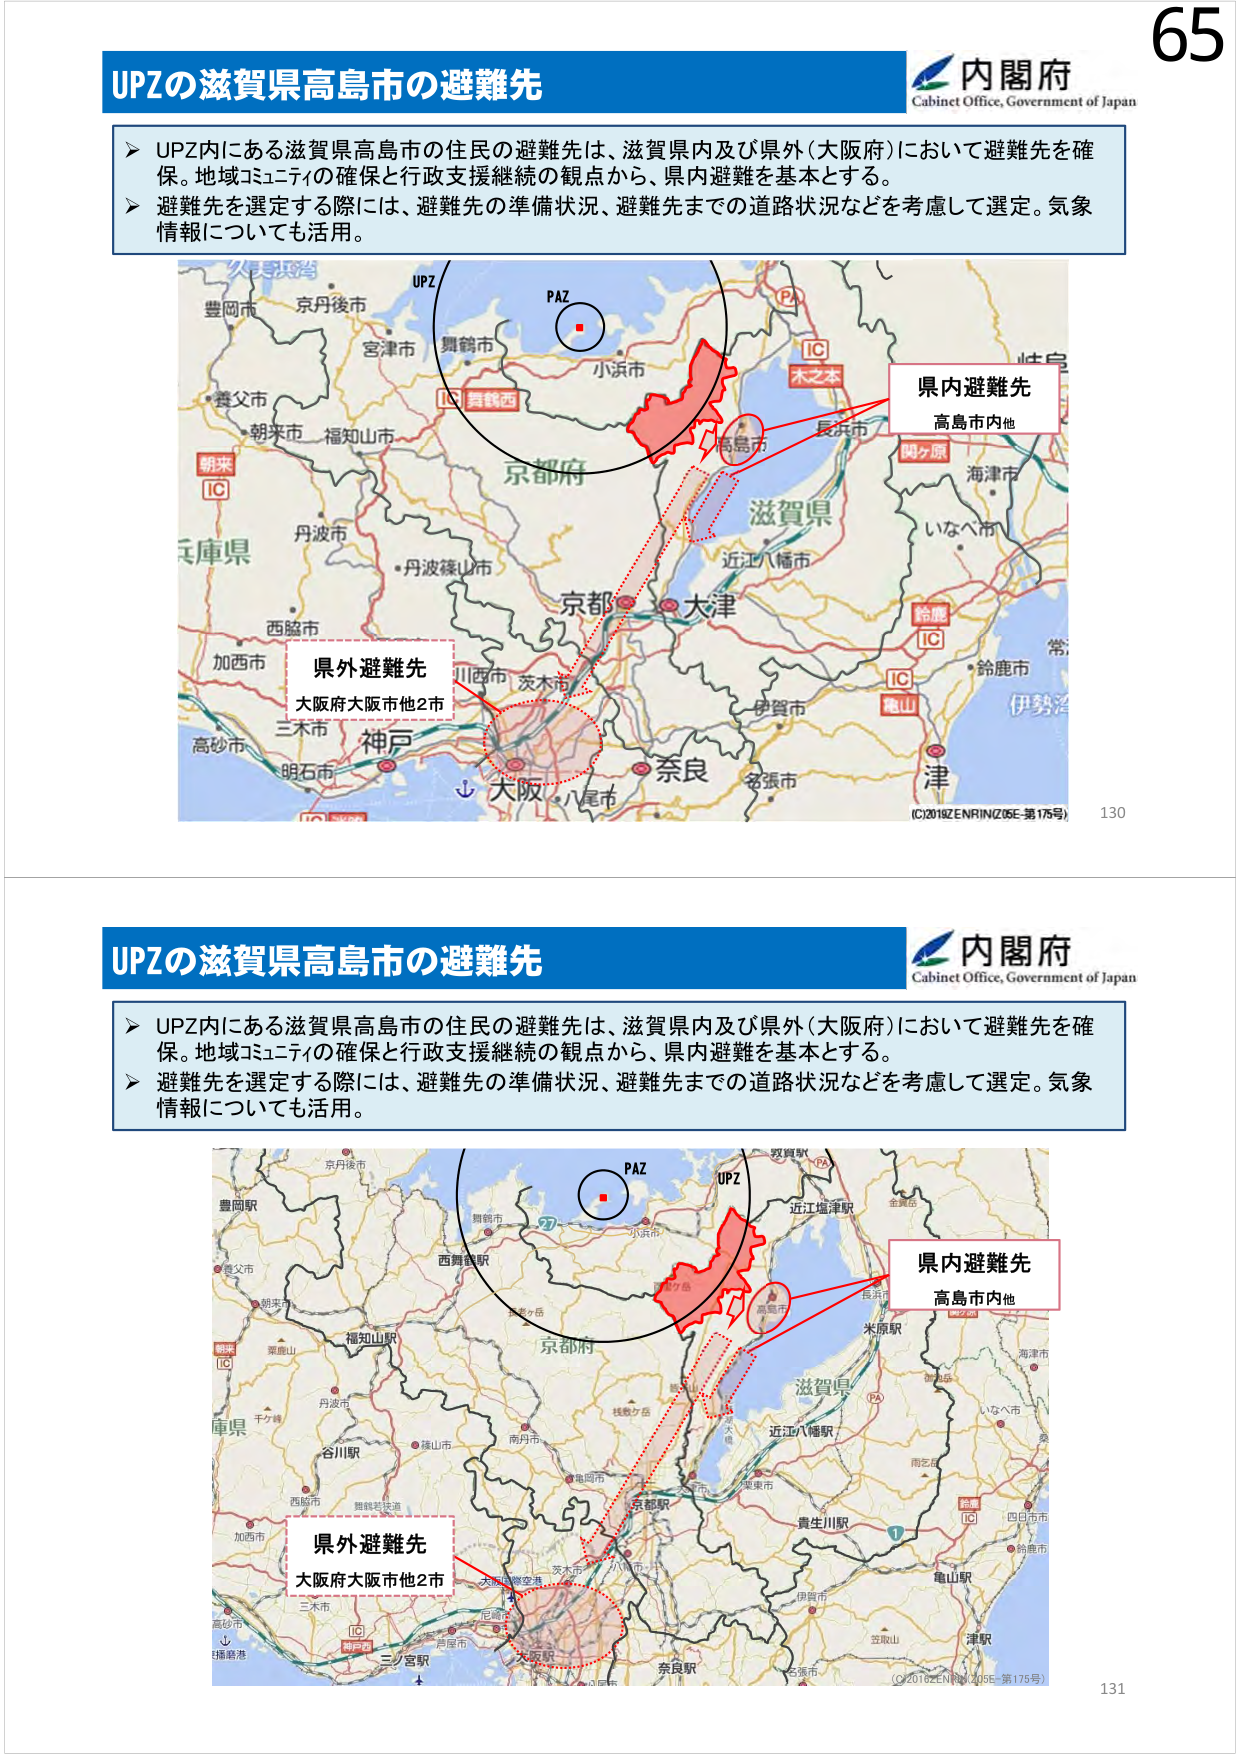
65
内閣府
Cabinet Office, Government of Japan
UPZの滋賀県高島市の避難先
➤ UPZ内にある滋賀県高島市の住民の避難先は、滋賀県内及び県外（大阪府）において避難先を確保。地域コミュニティの確保と行政支援継続の観点から、県内避難を基本とする。
➤ 避難先を選定する際には、避難先の準備状況、避難先までの道路状況などを考慮して選定。気象情報についても活用。
UPZ
PAZ
京都府
滋賀県
長浜市
高島市
木之本
IC
関ヶ原
海津市
いなべ市
鈴鹿
IC
伊勢湾
津
名張市
奈良
大津
京都
茨木市
川西市
神戸
明石市
三木市
高砂市
加西市
西脇市
丹波篠山市
丹波市
朝来
IC
豊岡市
京丹後市
宮津市
舞鶴市
小浜市
舞鶴西
IC
兵庫県
県内避難先
高島市内他
県外避難先
大阪府大阪市他2市
(C)2018ZENRIN(Z05E-第175号)
130
内閣府
Cabinet Office, Government of Japan
UPZの滋賀県高島市の避難先
➤ UPZ内にある滋賀県高島市の住民の避難先は、滋賀県内及び県外（大阪府）において避難先を確保。地域コミュニティの確保と行政支援継続の観点から、県内避難を基本とする。
➤ 避難先を選定する際には、避難先の準備状況、避難先までの道路状況などを考慮して選定。気象情報についても活用。
PAZ
UPZ
京都府
滋賀県
近江八幡駅
米原駅
長浜市
高島市
近江塩津駅
金森岳
伊賀市
名張市
奈良駅
大津
京都
南丹市
亀岡市
京都市
天橋立
丹波市
福知山駅
谷川駅
西脇市
加西市
明石市
三木市
高砂市
兵庫県
豊岡駅
豊岡市
京丹後市
舞鶴市
小浜市
宮津市
朝来
IC
粟鹿山
千々峰
丹波篠山市
西舞鶴駅
舞鶴若狭道
大阪駅
大阪国際空港
尼崎市
八尾市
茨木市
大阪市
三ノ宮駅
大阪府
県内避難先
高島市内他
県外避難先
大阪府大阪市他2市
(C)2018ZENRIN(Z05E-第175号)
131